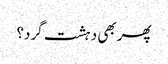
پھر بھی دہشت گرد؟